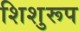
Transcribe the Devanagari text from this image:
शिशुरूप